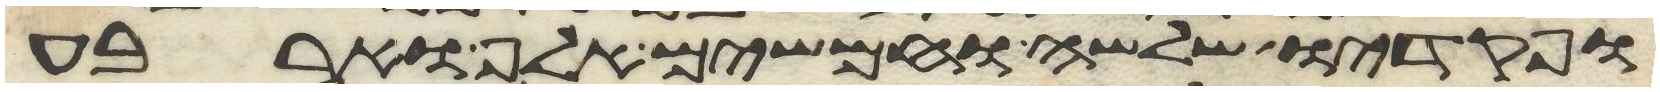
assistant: ופקדיו שלשה וחמשים אלף וארבע